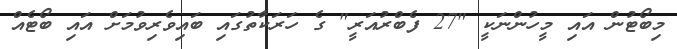
މިބޯޓުން އައި މީހުންނަކީ "27 ފެބްރުއަރީ" ގެ ހަރަކާތުގައި ބައިވެރިވުމަށް އައި ބޯޓެއް